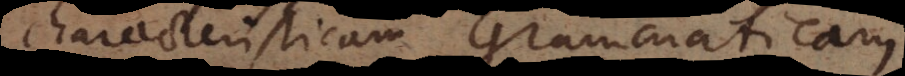
characteristicam Grammatica